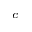
^ { c }